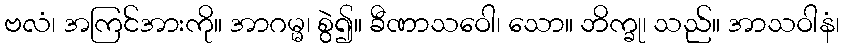
ဗလံ၊ အကြင်အားကို။ အာဂမ္မ၊ စွဲ၍။ ခီဏာသဝေါ၊ သော။ ဘိက္ခု၊ သည်။ အာသဝါနံ၊